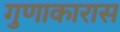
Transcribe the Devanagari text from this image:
गुणाकारास